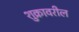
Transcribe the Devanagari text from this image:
शुक्रावरील